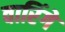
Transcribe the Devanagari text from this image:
वारिंगे